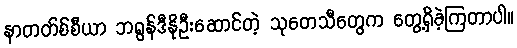
နာတတ်စ်စီယာ ဘရွန်ဒီနိုဦးဆောင်တဲ့ သုတေသီတွေက တွေ့ရှိခဲ့ကြတာပါ။